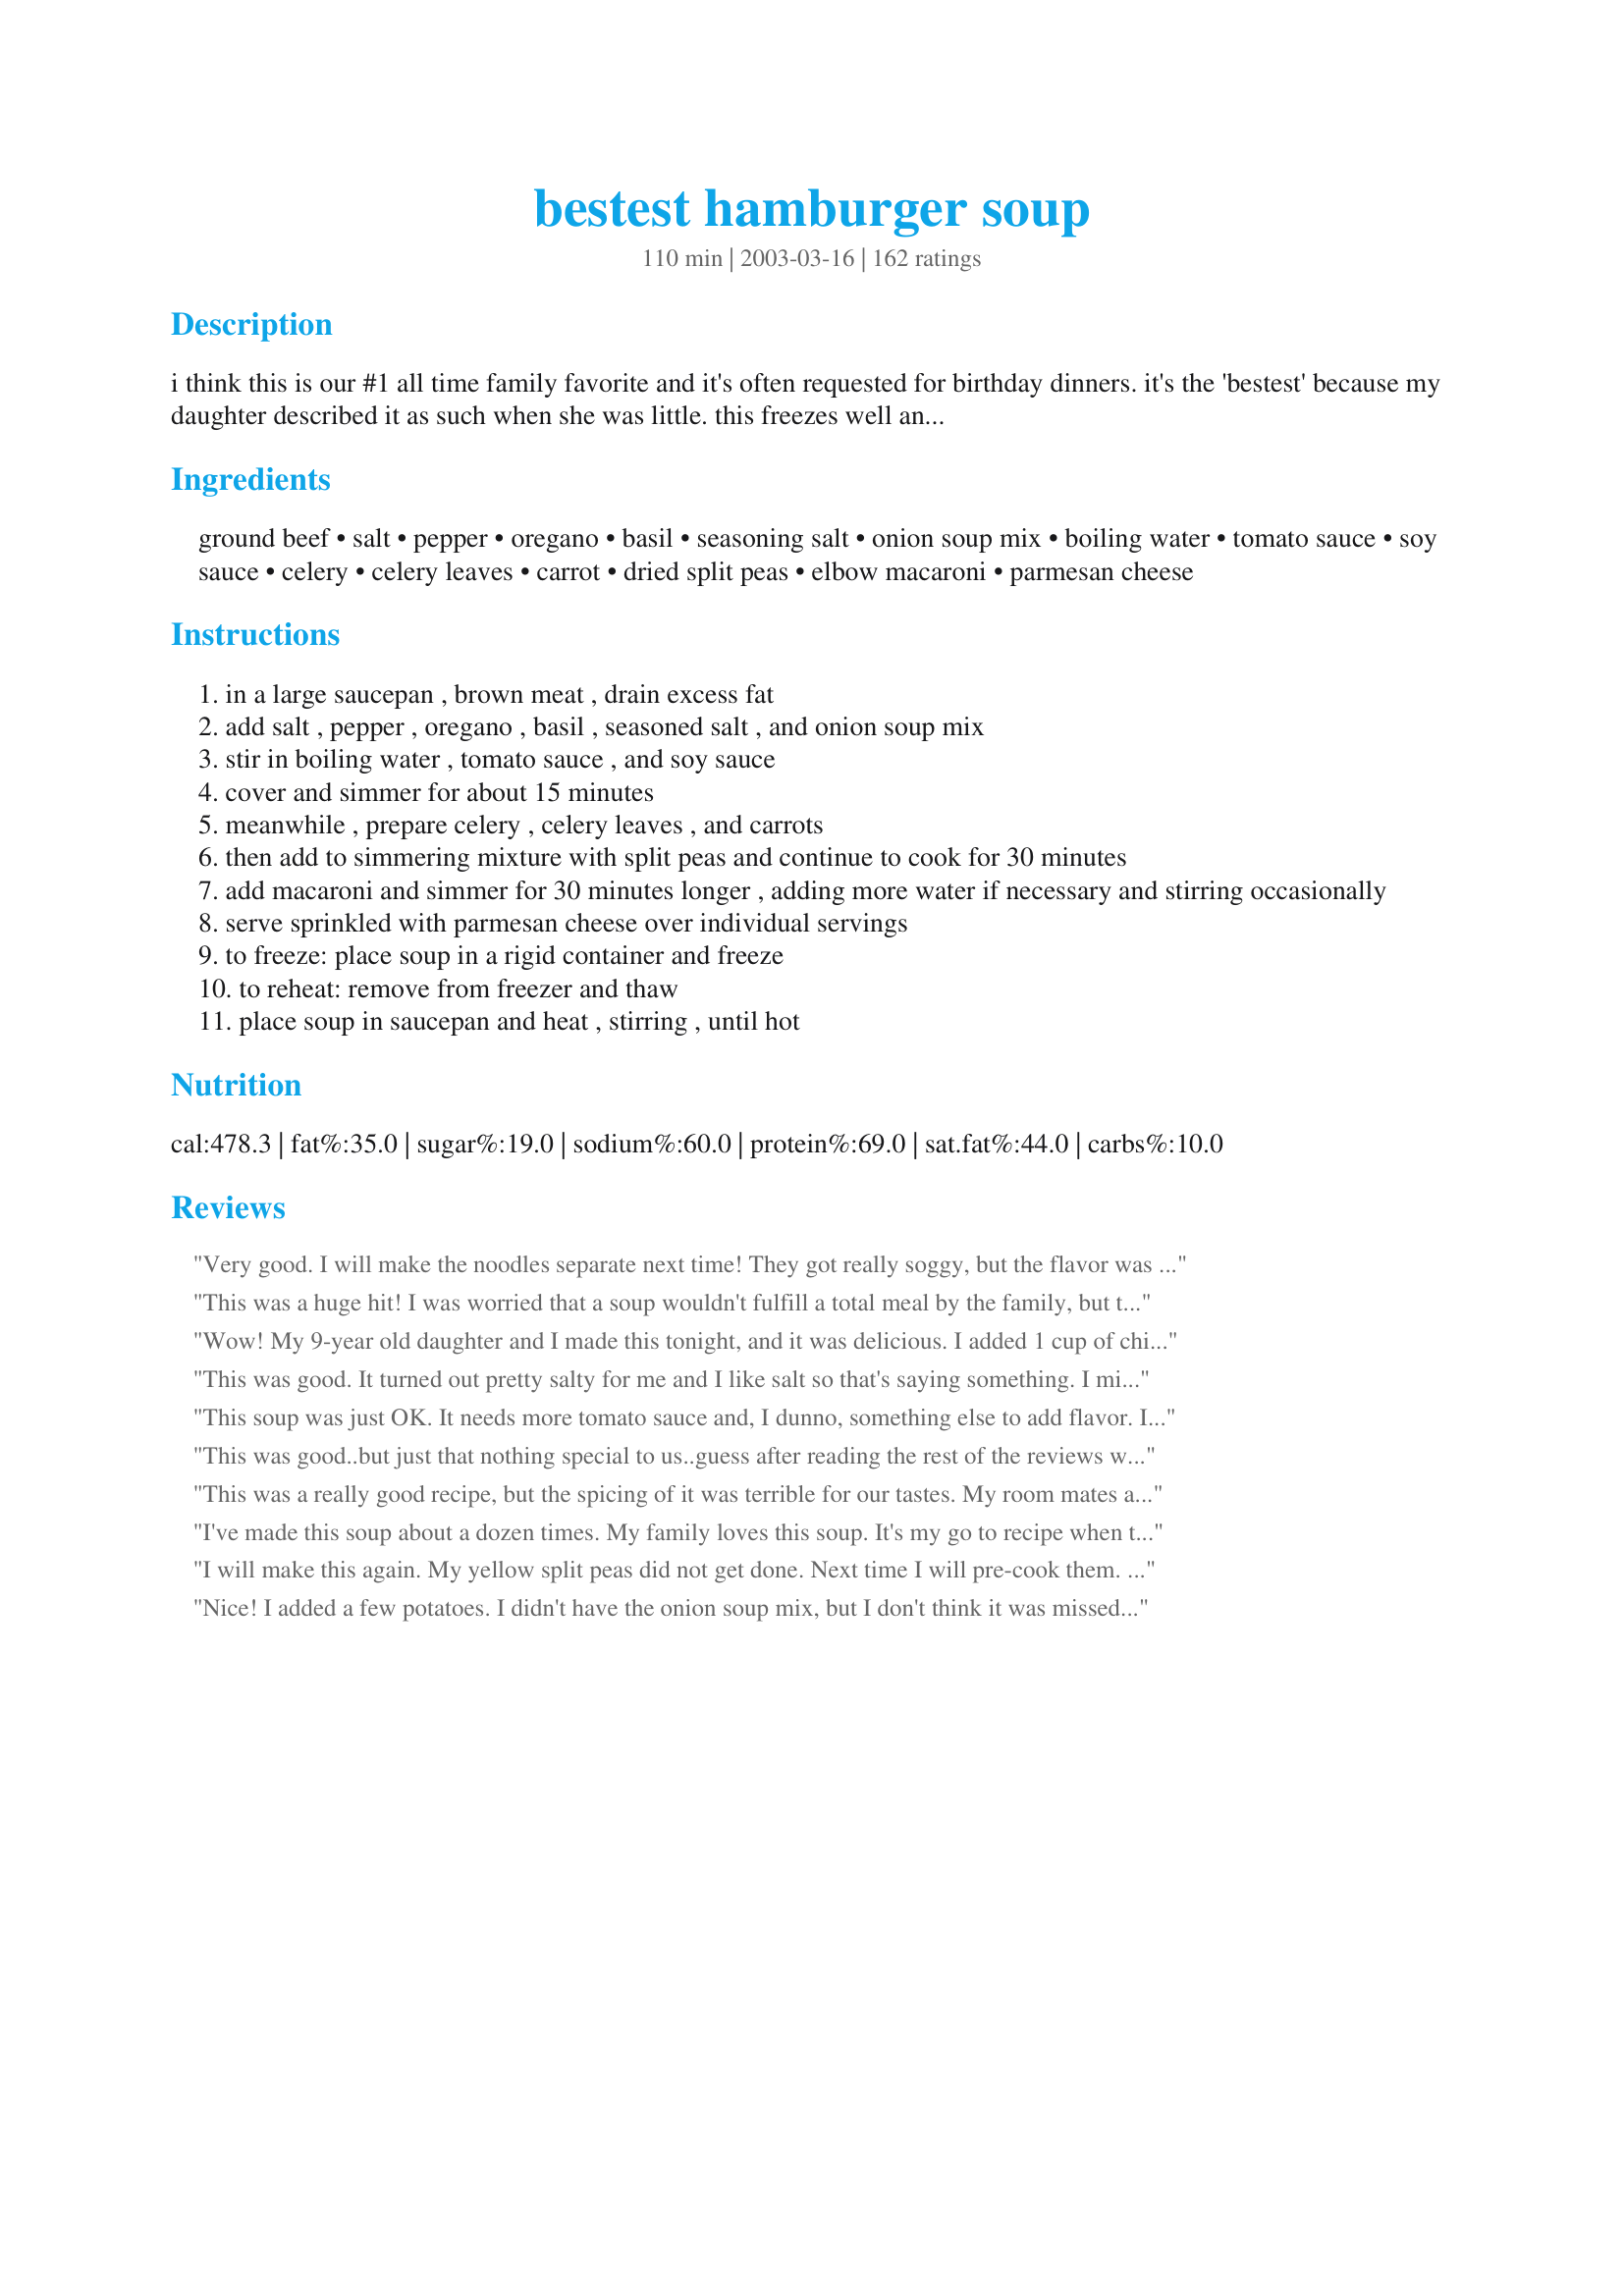
bestest hamburger soup
Preparation time: 110 minutes

i think this is our #1 all time family favorite and it's often requested for birthday dinners. it's the 'bestest' because my daughter described it as such when she was little. this freezes well and i've added directions for that and for reheating.

Ingredients:
ground beef, salt, pepper, oregano, basil, seasoning salt, onion soup mix, boiling water, tomato sauce, soy sauce, celery, celery leaves, carrot, dried split peas, elbow macaroni, parmesan cheese

Steps:
in a large saucepan , brown meat , drain excess fat
add salt , pepper , oregano , basil , seasoned salt , and onion soup mix
stir in boiling water , tomato sauce , and soy sauce
cover and simmer for about 15 minutes
meanwhile , prepare celery , celery leaves , and carrots
then add to simmering mixture with split peas and continue to cook for 30 minutes
add macaroni and simmer for 30 minutes longer , adding more water if necessary and stirring occasionally
serve sprinkled with parmesan cheese over individual servings
to freeze: place soup in a rigid container and freeze
to reheat: remove from freezer and thaw
place soup in saucepan and heat , stirring , until hot

Reviews:
Very good. I will make the noodles separate next time! They got really soggy, but the flavor was excellent. Everyone liked it, even picky kids...thanks!
This was a huge hit! I was worried that a soup wouldn't fulfill a total meal by the family, but this recipe was nearly gone at the end of the night, NO LEFTOVERS! I did make a few adjustments though. I added rotel to the soup for a little heat. It was not overly spicy because my 16 month old was able to eat perfectly fine. I also omitted the celery & leaves. But all in all, I enjoyed this soup fresh as well as reheated.
Wow! My 9-year old daughter and I made this tonight, and it was delicious. I added 1 cup of chicken stock, and a beef boullion cube, and a splash of balsamic vinegar. Definitely a keeper, and great to have on a chilly night. Thanks for the recipe!
This was good. It turned out pretty salty for me and I like salt so that's saying something. I might have just added too much. Other than that it was really good.
This soup was just OK. It needs more tomato sauce and, I dunno, something else to add flavor. I'll definitely try it again, though. The kids and husband really liked it.
This was good..but just that nothing special to us..guess after reading the rest of the reviews we expected something more..so dont just go by what we felt..try it yourself..Thanks
This was a really good recipe, but the spicing of it was terrible for our tastes. My room mates and my husband found it to be rather bland. I even doubled the spices. NOW that isn't to say it didn't have its positive points. It was very hearty, and I think I will use the leftovers in a shepherds pie sometime next week. I will make this again, but next time i will cut the water in half or maybe down to a third. I will substitute pasta sauce for the rest of the water, and I might even throw in a bouillon cube. Next time I will also add some ground red pepper, and pizza seasoning. The veggies were perfect in it, I don't think I'd change them, but maybe add a bell pepper to the mix. I want to give it more stars because it really is so incredibly versatile but the original really is so bland.
I've made this soup about a dozen times. My family loves this soup. It's my go to recipe when the kids are sick. My can of tomato soup is 14 oz. I also increase the seasonings and liquids because the kids love the juice. So I add 1 1/2 times the amount of seasonings and juices (except for the salt which I don't add). Instead of peas, I use quick cookig barley the last 20 minutes. I cook the pasta separately and then have the family add it to their soups. Thanks for the wonderful recipe.
I will make this again. My yellow split peas did not get done. Next time I will pre-cook them. I did freeze this without the pasta. After I thawed it I added the pasta. Heated it for about 20 mins. It turned out great.
Nice! I added a few potatoes. I didn't have the onion soup mix, but I don't think it was missed. I made the noodles and served them along with the soup, not in it.
Easy to fix and everyone at my house loved it.
ok and easy.
We all loved this soup recipe and have made it twice in 10 days! The flavor was just right and it was a fairly quick meal to put together. I thought I had everything to follow the recipe the first time, but halfway through I discovered that I only had lentils (worked out just fine) and egg pastina (teeny tiny little pasta stars, which also worked fine and cooked in only 5 minutes). I also omitted the seasoning salt. The second time I made this, I used ground turkey, which my kids liked even better! Thanks so much for posting this recipe, it'll be enjoyed often.
The kiddos loved it!
Very good basic soup and not expensive to make. I didn't use any salt or seasonoing salt, just the soup mix and a beef cube, and soy. Did just as directed. I would cook a bit longer for the split peas next time, but I really liked them in there. It looked a bit too dry at the end and not soupy enough so I added all of the broth I had from boiling chicken at the same time I was making the soup. Would certainly be good with ground chicken or turkey. Will make again for sure.
Your daughter is correct. This is the Bestest Hamburger Soup. I followed the ingredients and directions as written. Very easy and affordable to make. Thanks Jude
This was very good. A milder, comforting version of hamburger soup. We really enjoyed it, and of course as most soups go, it's even better the next day!
We all really enjoyed this Bestest Soup, well because its the Bestest! Thanks Hey Jude....
This was pretty good! I don't make soup very often,and my children didn't like it for that reason I think. My three year old didn't touch it, even though the entire time it was cooking he was telling me how good it was going to be. Kids, eh! Anyway, could have used a little more seasoning or something. Was really easy to do!

Thanks for sharing!
Seriously- YUM! Don't change a thing when making this.. (well ok, we used ground turkey instead of ground beef, Big Deal)
Stop wondering if you should make it and just DO IT.. You will not regret it.. :) PRINT- Click the PRINT BUTTON.. :P
Loved this. I'm doing WW Core, so used whole-wheat noodles (ones I had on hand were rotini) and ground turkey breast. I left out the parmesan cheese, as well. Other changes were 1 lb of meat instead of 2 and the addition of 2 tsps of minced garlic cause I'm a garlic addict. The idea of split peas adds a nice texture and I want to incorporate that in some of my other soups. This had a diverse and tasty blend of flavors with wonderful aroma. (My officemates are sniffing around as we speak....) Thank you for this soup!
I am giving this 3-stars because it tasted like a good ground beef/vegetable soup. However, I did not find it to be something I would make again.
My family loves this one too. We make it with venison burger and it's awesome. If I think we'll have leftovers, I hold some back without the pasta and add fresh pasta when I reheat it.
Great, easy to make soup. I made a half recipe and used beef boulloin in place of some of the water. Subbed some crushed tomatoes for the tomato sauce; added onion and garlic. Tasted great!
This turned out pretty good. Mine turned out not very soupy but it was still delicious. I halved the recipe and ended up adding about a half cup of water when I added the pasta, and in the future I'd probably add more... at least another cup. 
Thanks!
The recipe is great. My alterrations were: 2 packets of onion soup mix instead of one (which did not make it too salty, as I did not add any seasoning salt or salt into the recipe elsewhere, and my soy sauce is low sodium). Doing this enhanced the flavor and thickness of the soup to make it yummy. I omitted the split peas, used a whole wheat pasta, and fresh garlic and onion and pre-sliced mushrooms and it was great!
Really good soup. My DH and I both loved it
fast and easy soup. I did cook mine too long though but still was good...
i made this for dinner tonight, everyone liked it, thanks Hey Jude for an easy, great tasting soup.
This is a very nice soup and is simple to prepare. For us, it was too salty even having omitted the 1/2 tsp salt and using low sodium soy sauce. I will reduce the onion soup mix to 3/4 package next time and see if that helps. To dilute the saltiness I added more water and about 4 oz more tomato sauce. I also had some leftover corn and peas so tossed them in a few minutes prior to serving. We really did enjoy this with some cheese garlic bread on the side, so thanks for sharing your recipe.
We all liked this. Didn&#039;t have peas so I put in a can of green beans and little pastas. No other added salt exept the lipton soup and soy sauce. Good for a cold evening. Well as cold as it can get in San Diego.
My family LOVED this! I used lentils instead of split peas, and pastini instead of the elbow macaroni (these are what I had on hand). I froze the leftovers, and made shepherd's pie with it 2 weeks later. A real crowd pleaser, I will absolutely make again.
This is awesome soup! I couldnt get split peas so I used fresh green beans and I added a few more noodles. We loved it!!!!!!
Your daughter is right, it is the "Bestest"! I had it for supper last night. I know, a winter or fall type soup in early Sept? 
I love soup, no matter what the season. 
This is a very tasty soup and definitely a keeper in my soup repertoire.
Anybody out there who likes soup will really like this one, and it was so easy to put together.
Have frozen most of the remainder, but don't think I'll leave it frozen for long!
A different beef soup recipe. This is the first recipe I tried with onion soup mix and soy sauce. I did not put celery, but cubed some new potatoes and put that in, also added celery salt for flavor. I added corn in place of peas as peas do not belong in soups, they add an unpleasant texture. I added corn and it was perfect. Also because of the tomato sauce, a few spoons of sugar were added. Very yummy soup.
LOVED IT! I made it last night or dinner and everyone loved it..I was surprised how hearty it was. I didnt add the split peas and used frozen peas,corn and carrots that i had on hand and also added a small can of corn. I thought the dish would be too bland or salty but it turned out so yummy, oh and i used a can of whole Roma tomatoes instead of tomato sauce and a chili flakes for some spice and served it with fresh crusty bread
very good recipe for a crowd when doubled. It fed 4 couples last night. Made it almost according to directions; used bell pepper instead of celery because I had it on hand. Everyone loved it. Cozy comfort food on a cold night.
Very good filling and easy to prepare.At the end I boiled 2 more cups of water and added 2 beef boulion cubes.Next time I might add 2 cans beef broth and some water for a beefier flavor.The family enjoyed the soup.Thanks.
I love this soup. It&#039;s easy and full of flavor. I did add a bit more tomato sauce and a couple of beef bullion cubes. Will definitely be making this over and over again.
Amazing flavor! Loved this soup. It reminds me of the Soup Starter my mom used to make.
This was great & my whole family enjoyed it! I also substituted frozen peas for the split peas, but think the split peas would be good also! I added more water part way through & compensated for the dilution by adding garlic salt, onion powder & a little italian seasoning. A healthy helping of parmesan sprinkled on top is especially more delicious!! :) I cooked the ground beef the night before, which made throwing it together today even easier! I also kept a close eye on it and was able to shorten some of the cook times. It was so tasty I didn't wait for supper, but had a bowl at 3:30!! Thanks!
Was good, however not very exciting. The kids enjoyed it, however it was lacking a grown up taste.
Should be called 'Kitchen Cupboard Stone Soup' ! Had the burger & onion soup, that's where things went wrong. Darn! Couple of carrots short, oh well, stretch em out with a diced potato. No tomato sauce, OK, here,s a can of tomato soup. No soy sauce, but I did have some teriayki. No split peas had to choose between lentils or pearl barley, barley worked fine. Now what? Oh well, Ditalini in place of the elbows. After all this, it's still a 5 star recipe! And I'm a poster child for Mise en place ;>)
Very good, very tasty and easy too. I followed this recipie except I was out of basil. I substutied curry because I love it so much. I also added 3 small tomatoes because I had them on hand, and 1/2 cup ketchup rather than the tomatoe sauce. I added some left over corn and peas that I had in the fridge. The whole family liked this soup! Thanks for the repcipe, it's a keeper!
This is a very good soup! Easy to make but so tasty. Thanks Hey Jude
Excellent soup! I add my pasta at the end of the cooking cycle. I turn off my stove and let the pasta cook in the liquids. This way, the pasta does not get mushy!!! An all time favorite!!!
Very good soup! I went to make it and realised I did not have tomato sauce so I subbed a can of diced tomatoes and a can of V8 juice, also did not have the split peas so at the end added a can of green beans. I will make this again for sure. It was good fresh I can only imagine how good it will be after it sat in the fridge all night.
Very nice meal all in one, served it with cornbread. I followed the recipe exactly. The reason why I am rating it 4 stars is because the split peas were under cooked, and the macaroni was over cooked. The overall flavor was delicious, will definitely make again, but will leave out the split peas next time.
this was very good soup :) I used only 1/2 lb of hamburger as that's my personal preference, and did not have any celery or peas, so used corn instead, which worked really good. It was a good combination of flavors that melded very well together and made with less hamburger as i did, and high fiber pasta, it was fairly healthy also :)
I had so much hope for this recipe due to the reviews. But it fell flat for me. Our family found it to be bland and "uninteresting" I dont like giving bad reviews but we will not be having this again. It was an odd dish and I cannot imagine requesting it for a birthday. However, it was a slight step above hamburger helper. I would describe it as bland.
My family loved this simple yet hardy.
This was wonderful and full of flavor! I changed things just a little bit... I did not use soy sauce, instead Worchestershire sauce. I didn't have celery leaves, so I left those out and I added some minced garlic. I doubled up on the spices so that if I needed to add water (which I did) it wouldn't be watered down. Great recipe, thanks!
Loved it. Very tasty. Next time I would add some crushed pepper seeds to kick it up a notch.
This was delicious. It was easy to prepare and so good. A definite keeper!
This is pretty yummy. We're torn between a 4 & a 5 in our family, but we do really like this meal. And it freezes well, as long as you remember not to over cook things.

I do have one tip - if your split peas turn out too firm, cook them slightly before putting them into the soup. I did that the 2nd time I made this recipe and they turned out perfect.
I made this for dinner last night. I also used 2 packets of onion soup. Discovered I didn't have tomato sauce, so used tomato soup as suggested by another reviewer. Instead of split peas and pasta, I used about a half cup each of barley and wild rice. I rinsed the beef under hot water after browning to remove more fat. Next time I will use ground turkey to make it lighter. This was by far the best hamburger soup I have ever tasted, actually the only one I have ever even liked. Can't wait till lunch!
This was good! None of the kids complained (yippee!) - I wish it was a bit more flavorful, but the kids probably wouldn't have eaten it... :) Thanks!
This has a good flavor but be sure to add more water or you will get a cassarole like I did!!!
I made just as described. This is hamburger soup like my mom made. My 13 and 8 y/o girls loved it. I may tweek but is perfect as written!
Used 1/2 meat, omitted peas, added one green pepper and one jalepeno. No cheese needed.
This soup really is the "bestest". I pretty much stuck to the recipe except for the celery (we didn't have any, so I used celery salt and omitted the 1/2 t of salt) I also used V-8 instead of tomato sauce. My family loved it!
Great tasting soup. We loved the flavor. I followed the recipe with no changes. The addition of the split peas was great. This recipe will be in my favorites folder. Thanks for this wonderful recipe.
good stuff! this is my kinda food! my hubby isn't a fan of soup, and after reading all the reviews i was hoping he'd like this, but no go lol.. soup is soup.. i will definitely be making this again! my only changes were i didn't have any seasoning salt and i halved the salt (the soy and onion soup scared me so i waited to taste, but it was perfect without) and i cooked the pasta on its own and threw it in near the end.. perfect! thanks!
Rave reviews from my family. My sister in law isn't too crazy about ground beef but she gave it more praise than anyone else. Thanks for a simple recipe that I can make over and over again.
Everyone in my family enjoyed this. Even my husband who doesn't usually like soups.
This recipe would be wonderful if it were not for the sodium level in this soup. I cannot use this recipe-TOO MUCH SODIUM!
Thanks!
This is an all time family favorite. My Grandpa used to make this exact recipe from an old cookbook. I usually add a little more water to the recipe.
This was truly the "bestest!" It fed 5, and I had the most! For the noodles, I used rotini for I didn't have elbow macaroni. I also didn't have any dried split peas, but used some frozen peas instead. (next time I'll have to get the split peas for it!) To save a little time, I partially cooked the noodles separately in a light beef broth. It worked great! Overall, this was an excellent meal, very flavorul. I will make this again! Thanks for sharing!
Bravo! Wonderful soup. The only changes I made was to top it up with a bit of beef broth in the end rather than water. Other than that, I prepared it exactly as indicated. My family loves it and I will DEFINITELY be making this again and again and again....
Great on a cold, cold night. Followed the recipe with 2 exceptions - added 1/8 tsp garlic powder and when I added macaroni also added 3 cups hot water with two dissolved chk bouillion cube.
Loved this. I used beef broth instead of water and it really had a great flavor. Since the pasta absorbs liquid, I did add water on the next day. Thanks for posting.
We really liked this soup. Made as posted, except we didn't put in the split peas and it came out great! Thanks you!
Thanks Jude for posting this recipe. I've cooked it twice already. A sure keeper. I did add a teaspoon of garlic powder, 1/4 cup uncooked white rice, and 1/2 teaspoon celery-salt. And left out carrots, celery, and salt.
Ok, how is this so good?? I'm reading all the recipes thinking, it's probably pretty good, but I was NOT expecting how delicious it was!

I cut up some frozen thawed green beans in place of the peas, omitted the celery, and used garlic powder instead of seasoning salt. I added a dash of hot sauce. I too added water at the end.

VERY AWESOME.
This soup has potential but I found the broth rather bland so I doubled the dried spices, added garlic powder and some parmesan rinds, 1 C cabbage, 1 small zucchini. I used canned Northern white beans and boiled the pasta separately, as I always do. The flavors cam together nicely after my tweaks. Because I added several additional ingredients to the soup, I don&#039;t feel it is fair to rate as written. Thanks for posting.
Great soup! I made it just as the recipe instructed and it was delicious. I will definitely be making this again. Thanks for sharing.
This is definitely a very thick soup. I found for me it needed a bit extra salt and for me it seemed to be missing something else, but not sure what. I followed the recipe exactly except for the tomato sauce, I had opened up a 15 oz can and used it all up. I also cooked the pasta separately and then added it to the soup. I had a bowl for dinner and froze the rest. But when I reheat them I will have to either add water or tomato juice because it is way too thick . I liked the flavor of the split peas in the soup. I would make this again but I would adjust the seasonings for my own tastes. Thanks for sharing your recipe Hey Jude
I used the basic recipe here ..and added a few ideas of my own. Instead of the macaroni I added 1/2 cup of barley...will add 3/4 cup next time...used tomato soup instead of sauce (didn't have any sauce) and it worked out fine...adjusted the seasonings a bit to taste. I would definitely make this again...it was a very nice meal for a cold snowy day!
If I owned a restaurant, this would be my soup-of-the-day EVERY day! No kidding -- WONDERFUL, BEST-EVER soup! I was a little concerned at first that it would be slightly light on herbs/spices/salts but, no, it is perfectly seasoned as listed (I like moderate salt, my wife likes very light and we were both happy with the seasoning) -- I stayed exactly with the recipe, measuring amounts precisely, except that I had no dried split peas so I used dry LENTILS instead. Perfect. The cooking time on the lentils was just right. I don't know what more to say except that I feel strongly that this is one of those rare recipes which could not possibly be improved. As suggested, I did add a couple of extra cups of water near the end of cooking time and it did not dilute the flavor in the slightest. You could add chicken stock instead but I think it would be remiss to mess with this recipe. It already has BIG flavor and does NOT need the stock, an ingredient which I use quite often in soups, along with bouillon, to boost flavor. My wife (my biggest food critic) gave it a big two thumbs up and said, "Make it again," which is the very pinnacle of her food rating system. For the ground beef, I would definitely recommend using good ground chuck instead of ground round because you drain the fat off anyway and the ground chuck yields much more flavor. Beyond that, all I can say is you're a darling, Hey Jude, and thank you SO much for posting this MAGNIFICENT recipe. I'll be making this at least twice monthly in the future. pat, the old bone man.
Excellent! Doubled the water. Added can of corn, can of peas, can of green beans,(drained first) and 3 cups of dried potatoes. And a heaping Tb of minced garlic and lots of minced onions. Instead of tomato sauce, I used 2 cans of cream of mushroom soup. No dried peas.
I know this is a huge change from the original, but once I started, I kept saying "its missing something." Next day, it thickened up to a nice stoup.
What can I say but delicious....I made have the recipe and this is what I did. I added some red pepper flakes for a little zing, minced a large clove of garlic to brown with the meat, added chopped onion, 2 small potatoes cubed, fresh corn cut off the cob, the celery and celery leaves and carrots, about a half a can of white beans, and some barley. I used all the seasonings it called for and for the tomatoe sauce I used a can of V-8 juice. I also had to add more liquid but I did put extra stuff in the pot. DH and DH's dad loved the dish. There is still some left so I am going to add more liquid and have it for lunch tomorrow. Thank you for a DELICIOUS and adaptable recipe!
Easy to make and very hearty. It was a little bland for our spicy tastes so next time I'll try to spice it up a bit. There will definitely be a next time though.
Very yummy soup! I will admit I went to add the basil to the soup and realized I didn't have any, oh well. I did add an extra 2 cups of water towards the end and 2 beef boullion cubes. Jude Thank you! And it was simple to make!!!
Outstanding soup that I'd make again! Hubby even said it should have more than 5 stars :-) I left out the salt & seasoning salt as I didn't think it was needed, used a jar of pasta sauce for the tomato sauce, added fresh onion & garlic because we like them, but everything else I followed. Delicious flavours, simple to pull together & I loved the addition of the split peas. I didn't add extra water as I liked the consistency, but found that the leftovers are much thicker because the pasta has absorbed all the liquid. Next time I may add noodles separately, but no real problems here :-) Thank you for sharing your wonderful family recipe.
Only used 1 lb beef, but that was plenty. Put it in a crockpot and took it skiing with us. Finished every bite!
Very good soup. I have made this twice, and each time it is gobbled up. Thank you for sharing this recipe.
This recipe has very good flavor. I add garlic and frozen mixed vegetables instead of the split peas and sliced carrots. I've made a couple times and it's always been great.
An excellent soup with a lot of possibilities for substitutions to your own tastes. I used 4 c. beef broth and 2 c. water instead of all water, and subbed barley for the split peas as my DH won't eat split peas. I had to add more water - almost 1 1/2 c. to get to the consistency we like. Very, very good. Next time I'll decrease the hamburger (there was PLENTY of that), and increase the broth and barley a bit.
Loveit! I didn't have dried, split peas so I added frozen peas in the last 15 min and it didn't hurt a bit. I will make this again and again. It's "The bestest" The kid was right!
After trying Recipe #60811 Plaza III Steak Soup. I was excited to try this one. Hoping it would be just as good and flavorful. I have three children and three adults to feed & this soup just didn't make the cut. Sorry but it's just too bland.
Love this one! I use only 1 lb meat and a can of corn instead of peas. Also, I substitute worcestershire for the soy and use celery salt for the salt because I do not usually have celery leaves. This is a wonderful recipe that my whole house loves! Thanks for sharing!
This is great! I made it for my MIL since she is recovering from a cold, and it sounded tasty and wholesome. I will make it again...the next time, for myself! Thanks for sharing the recipe. :-)
I followed the recipe; Ididn't add the peas but added a large tin of stewed tomatoes and increased the seasonings slightly. This is my first time making this recipe but will make it again for sure!! Super Yummy !!! thank you.
Precooked the ground beef and cooked the soup while camping. The change I made was using frozen sliced carrots to save time. Yum! DH & DS gobbled it up... DH asked if it was a recipe or something I threw together (thrown together means one time only because I can seldom duplicate it). He also used cheddar/jack cheese, and I used spaghetti sauce as suggested. Will make again and again.
Made it just like the recepie said. Very good! Will modify next time.
I love it when a recipe delivers beyond expectations and this one certainly does just that! I have made this twice now, first following the recipe exactly and everyone devoured it and thought it was very good. I made it again last night and added a can of tomato soup, subbed beef broth for 1/2 of the water and added a drained can of green beans, a cup or so of frozen corn and worcestshire sauce instead of soy sauce, and mini penne instead of macaroni and it was even better. My family tends to not be soup lovers, but add some homemade french bread to this soup and there was not a drop left. My husband is very picky and tends to frown when he finds out we are having any kind of soup or stew for dinner, well... he ate three bowls! Fantastic recipe and one that I know will become a staple in our house. Thanks!
Fantastic!!! I'm a vegetarian who loves to modify recipes to my diet so here's what I did... I used 1 1/2 packages of Morningstar vegetarian beef crumbles and sauteed it along with all of the vegetables and seasonings in olive oil... To avoid pre-packaged onion soup mix, I made my own mix using 1/3 c. dried minced onion, 1 1/2 tsp. onion powder, and an 1/8 tsp. celery seeds... Nothing to the exact, I measure everything in my hand... And instead of adding 6 c. H2O, I added 8 c. vegetable broth and next time I might add even more... Oh!!! And in my opinion, you CANNOT make soup without onion and garlic, so I added 1 whole dice onion and 4 cloves garlic... And, yeas cook the macaroni separately... Thanks for an awesome recipe!!!
The only thing I did different was I used Ragu in place of the tomato sauce. This soup is so good. If you like soup you should try this!
Really great soup!!! I didn't have any celery so I left that out. Hubby and I froze what was left so we can enjoy it again. Thanks for sharing.
Let me add my five stars! Easy, tasty "comfort soup"! I had to cook it a little longer than specified because of the high altitude here, but other than that, I followed the directions exactly.
Wow this was so yummy! Used everything but the split peas because I didn't have them on hand. I also added some beef bouillon granules and extra water towards the end and it really kicked up the flavor! I also used seashells instead of elbows :) Everyone loved it, especially hubby. Thanks!
Excellent flavor!
This was really good. Followed the recipe exactly. I had to add more liquid due to the fact I put to much pasta, but still great. Thanks for posting.
I've made this a few times with a bit of my own twist. I did only use 1 lb of ground beef because 2 just seemed excessive. I don't use celery because I rarely have it. I use 15 oz of tomato sauce and 4 cups of water and eyeball all the seasonings which probably get at least doubled. I also add a bit of dried red pepper flakes for a bit of heat. I use 2 carrots and add 2 cubed potatoes and add garlic and some chopped onion. I omit dried split peas and instead use about a cup each of frozen peas, frozen corn, frozen blackeyed peas or whatever I have in the freezer. I use rice instead of elbow pasta and cook it separately and just add to the bottom of the bowl. Everytime we have it DH and DS eat it up! I usually serve with corn bread or warm rolls. Thanks for a great base recipe Hey Jude!
My family loved this soup! Even Hubby who doesn't like soup at all. It was easy to make,seasoned just right and had just the right amount of noodles in it. Its also even better the next day.
No one in my family liked it. I'm not sure why because they all love soup. The flavor was nice but just nothing great. I'll take the rest to work tomorrow and add some liquid since it was so thick. I served it with #51550 Real Southern Cornbread which was devoured. I was hoping my family would like it as much as the other reviewers.
Really good - my sons (ages 11/5) loved it (suprisingly!!!). I added a 1/2 packet of taco seasoning. That added a nice mexican flavor to it. I used about 1 1/2 cups of frozen peas/carrots when I added the elbow noodles.
I try not to change a recipe and then rate it but this soup was so good. My fam loves tomatoes so I added a can of tomatoes seasoned with onion and garlic. Instead of macaroni, I added cheese filled tortellini. I had to promise to make this at least once a week. It was that good.
Great soup! Nice flavor, not too spicy, so the kids loved it, but enough "flavor" that the adults liked it too! Thanks for sharing!
We liked this with frozen peas rather than split peas.
For me, I think it needed more something. Kinda bland. But my kids LOVED it. Both ate two bowlfuls!

I'll be making it again, and try upping the spices maybe? I'll be packing it in a thermos for my oldests lunch as well
as i sit and rate i eat the 3 bowl in one sitting .the things that i did different had no tomato sauce so i used 1/2 of a jar of spaghetti sauce and no peas other than that excellent 5 or more stars
I made this last night for dinner and everyone loved it. The only thing I didn't add was the split peas, as I didn't have any on hand. My son had a friend over for dinner and he loved it too. Thanks, Jude!
I made this recipe the first time three weeks before my daughter's 9th birthday. When I asked her what she wanted for her birthday dinner she requested this soup. We all love it. The only change is I used beef stock and boiling water to taste. Thanks so much for a new family favorite.
This was super easy to make and soooooo so so good! We both loved it. After refrigerating it, it was a soup base... and goes a long way when adding water to warm up for lunch, etc. Thanks!!!
Delicious! I made this in the crockpot, and since none of our family likes split peas, I substituted navy beans, and left out the celery leaves and forgot the parm, but still it was GREAT. My anti-soup husband even gave his blessing, stating "You could make this again." (That's a huge compliment, believe me!) We'll probably have this once a month or so; thanks for a "Super Bowl" recipe!
I made this for an OAMC cooking session, omitting the carrots and peas since the men in my family won't eat them. (I added lentils instead, which for some reason they'll eat.) The family ate it up, so next time I'll be making a double batch. Thanks, Hey Jude!
We liked this pretty well. I didnt have the onion soup mix packet so I used recipe #186221. I cut the recipe in half. It was perfect for 3 of us and leftovers for lunch tomorrow. For some reason though we found it too salty. I will make it again and omit the salt and only add it if needed.
The only thing I did not like is the noodles the next day- too soggy. Better to leave them out and only add them when serving or reheating. Boyfriend loved this soup.
Boyfriend and I love this recipe. We add hot sauce and mozza cheese on the top to add a bit of zing. I use corn elbow macaroni as I cannot eat wheat. This makes LOADS of leftovers for us, and tastes great.
I am always looking for new ways to cook boring ground beef so my boys will eat it. First the sloppy joes and now this soup - I will be making this from now on .Didn't ( and wouldn't) change a thing.
I made this for lunch. I had cooked beef in the freezer, so it went together quickly. I did my noodles separately, and added everything else in my pressure cooker for 12 minutes. I really liked the creaminess the split peas added! I'm sure my family will enjoy it. They'd be crazy if they didn't!

Roxygirl in Colo.
Loved it! Just a couple of changes due to personal preferences....left out the celery but did use the chopped celery leaves (I dont care for the texture of cooked celery). I did add frozen corn, well, just because we like it..lol. We really enjoyed this on a snowy night in front of the fireplace with homemade cornbread. We'll make this one again!
Great soup! I did modify this a little instead of the peas I used a can of corn, did not have celery leaves and basil. I also added teaspoon of garlic, teaspoon of Worcestershire, can of rotel, and when I added the noodles I added two cups of water. My five year old loved this soup as did the rest of the family. This soup will be a addition to our meals on these cold days. The best is for last which is the soup itself. I am excited to try this with venison. Great soup Jude! I had three bowls of this and can't wait to have it again during the football game! Hey guys it's great with a bottle of beer too! Best soup I've had!!!
We found this soup tasty but lacking a bit. I added some tobasco sauce for a little kick. Served with a little bread for dipping, it wasn't bad at all.
We enjoyed this soup very much. It is a nice hearty soup, good for a winter's evening or weekend lunch. I used 2 cans of canned beef broth with 3 cups of the water to make more broth for the soup. The split peas made a lovely addition and added a nice flavor. Thanks, Hey Jude, for sharing this recipe!
Very good recipe! Except for a few minor changes, I followed the recipe exactly. I added a dash of red pepper flakes, about a 1/2 tsp of Worcestershire sauce, and juice from a can of green chilies. Will definitely make again!
Great versatile recipe and tasty too. I was lacking in celery leaves, so I used celery seeds and celery too. I also used some extra broccoli. I added some garlic and browned it with the ground beef. My whole family enjoyed this, which is so nice! Thanks!
I am just getting around to rating this recipe. It is a wonderful tasty soup. I add a can of diced tomatoes and some frozen mixed vegetables to mine. I use the small shells for my pasta. I bring a batch to my Mum when ever I make it. She raves about it. I do not add the yellow split peas, mainly because I never have them in the cupboard. Thanks for this great recipe.
Tasty. My macaroni was a tad overcooked.
Made as written with the exception of subbing in celery salt for seasoning salt as I didn't have any on hand. Will make again, but next time will use a smaller pasta as the elbows got pretty big by the end. The flavour was great and it smelled good cooking too! Fed two adults and three children plus two adult lunches for the next day (served with fresh bread).
I pretty much followed the recipe, but used a little less ground beef and a little more tomato sauce (what I had). I also used frozen peas (instead of the split peas) and added a can of corn. On tasting, I felt the soup was a little bland, so I ended up using triple the spices and added 1 1/2 Tbs of worchestershire sauce. I also added about 1 1/2 Tbs of chicken soup base and 1/2 Tbs of sugar. Unlike a lot of reviewers, I did not find the soup overly salty and even added another 1/2 tsp of salt. When cooking, I sauteed the celery and carrots with some garlic while I was browning the ground beef, mixed the seasonings with the sauteed veggies and the beef, before mixing everything together and simmering for 30 minutes. I added the peas and corn with the pasta and simmered for another 15 minutes before turning off the heat and letting the soup sit for another 15 minutes. To finish with my changes, I did not add any parmesan at the end (my kids don't like it). The result was frankly something that we all liked, but didn't love. I am sorry that it wasn't more to our taste!
This is a great hearty soup recipe. I made some substitutions based on the ingredients I had on hand. I had no onion soup mix so I used a packet for a Beef Vegetable soup I had on hand. I had no split peas instead I added Hominy. I used whole wheat elbows which I had already cooked and added them when the soup was done. I will definitely make this again with the onion soup and peas and see how that is. Thanks for a great recipe.
Really great soup!
This was wonderful soup. I made it for a soup potluck at work and they all loved it. The only thing I didn't do was to add pasta..I added potato instead. Very good soup and it was even better the next day after the flavors had married. Thanks Hey Jude, I will definately make this again.
SOOOOOOO GOOOOOOD
I made this using half hamburger and half mild italian sausage and also substituted corn for the peas due to family prefrences. Every one in the family looked at it and were very skeptical. My two daughters who won't touch a vegetable gobbled it all up and my husband who said he didn't hold out much hope for it asked if he couple have the leftovers tomorrow for lunch. Easy and delicious!
This was pretty good. Not 5 star because I found it too salty, and I even excluded the added salts. I would make this again but try to make it less salty.
Wow! I had to sign up just to give a review of this.. This was my first time making my own soup that wasn't Turkey! So easy, i made a huge 64crt pot of it, which is probably enough to feed 25 people. I used 10 carrots, 2 packs of onion soup mix, two 650ml cans of tomato sauce, one bag of frozen peas, one bag of frozen corn, and a box of noodles. i added the spices except the seasoning salt and just used my best judgement, and i am not disappointed!!!
This is a great recipe. Made just as listed the first time, then the second time I added some velveeta cheese towards the end. Either way it was delicious of course my kids prefer the cheese in it :P i didn't have elbow macaroni so i used penne the first time and swirls the second. very budget friendly too so this is definitely a keeper for us. thnx for sharing.
This was good. Thanks for the recipe. I'll make it again!
Very delicious. My kids don't like soup but they each had 3 bowls of this one. I only used 1 lb of ground beef but found that to be plenty of beef. Also, I used a 10 oz can of tomato soup instead of the tomato sauce. My whole family loved it and we'll make it again.
What a great hearty soup! It was easy to make and pleased my husband. I did add a 15 oz can of tomato sauce and a can of water when I put the macaroni in. This will be in our soup rotation. Thanks for a great recipe!
Ok, first off I combined two recipes and put in this recipe what it was lacking from the other that I used. Here are my vairations....I found that I added more salt than specified here....I added one cup of shredded cabbage, one cup of cubed potatoes and 1/3 cup of rice, 2 small bay leaf, one can diced tomatoes and one tsp of thyme...I also doubled most everything used for the broth because I found it didnt have enough to compensate for the addition of other ingredients....I also added a sausage called Linguica (dont cook , just slice and drop into pot while cooking) or chourico would do well...It gave it a real nice flavor...I did add a bit of red pepper flakes....It turned out so good and I had nothing left....I did use two envelopes of the onion soup mix and used two cloves of garlic and cook it with my ground beef....Thanks for a great recipe...Sharon
Very good, went well with allison williams easy beer bread #75878, I did do a few things differently...I added a handful of rice and bow tie noodles, a can of tomato soup and 1/2 can of water...I used some meatballs I had in the freezer in place of the hamburger. Will be sure to make this again THANKS!
This was great! **I substituted spaghetti sauce for the tomato sauce. **I substituted 2 onion soup mixes for the salt and seasoning salt. **I added ONION and GARLIC to my hamburger and cooked till the onion was transparent. **I used a heartier noodle other then macaroni. I used a heavy spiral noodle. It held its consistency better and â€˜looked prettierâ€™ in the soup.
Tried and true. Easy recipe that tastes like I slaved all day on it.
The boys in the house thought it was &quot;fine&quot; but my 7 year old daughter and I really liked this. I discovered too late that I only had one pound of cooked ground beef in the freezer, so I only had half of the meat. So I put in an extra 1/3 cup of noodles. I also put in about 2 cups of celery and 1.5 cups of carrots. Therefore it probably was thicker than intended. But I liked that about it :). Used frozen peas instead of split peas. I almost tossed corn in there but refrained.
Incredibly delicious, but I had to add water twice, as it kept evaporating. I halved the recipe as it was only DH and I. I skipped the seasoning salt, using extra celery seeds in the copycat Lipton's onion soup mix recipe 24952 instead. I also skipped the peas, and I do say I missed the colour. In serving, instead of parmesan cheese, I toasted breadcrumbs with garlic on a browning plate in the microwave (try recipe 291042), and it gave a fantastic crumbly texture to the final thing. I was full after eating a quarter serving; DH ate every bit of the rest of it. Nothing leftover at all.
I thought this soup was pretty good, but my family wasn't real excited. I'll probably leave the split peas out of it next time, since dh really doesn't like them. The flavor overall was excellent and I didn't change a thing!
FANtastic! This was very easy; very flexible and best of all--really, really delicious! When my 2 very picky eaters say, "Mom, this is GREAT," I know I've stumbled onto a real keeper. We will keep this in our family favorites book. Thanks!
Your daugther aptly named this recipe. My kids and husband loved--me too. Only sub I made was to use frozen peas because I didn't have any dried split peas which worked out fine. The broth had a wonderful flavor. Husband and I took the left overs for lunch the next day. Thanks--you've got a winner.
A pleasing soup for these chilly fall nights. I think next time I'll add more of the split peas - they just didn't pop out like I would have liked. Thanks for posting.
MMM, MMM Good! This soup is so comforting and easy. Freezes great. One thing I will do next time is make a little more broth because, it is so good. Soups even better the next day. Thanks so much for this keeper! Lori
I made this soup as specified, except I left out the added salt, since many of the ingredients are already salty. (Onion soup mix, soy sauce.) It was still VERY salty. I also took other people&#039;s advice and cooked the pasta on the side to add to each portion as needed and avoid sogginess. I used some of the pasta water to add to the soup to make it less salty.&lt;br/&gt;&lt;br/&gt;On the plus side, it is very easy and the flavour is nice once you cut the salt. Hearty and good texture. With the added liquid and pasta on the side, I&#039;d give it four stars.
My family enjoyed it. I feel like there is something missing for me though so I am going to have to play with the spices a bit. Guess that says I will be making it again. ") I did substitute Kidney beans for the split peas and they were great, and brown rice for the noodles which was great as well. I didn't have Lipton Onion soup Mix so I used a substitute recipe I found on the 'Zaar, and I was out of tomato sauce so I used paste watered down to equal the sauce. It worked out well in the end. We had the leftovers tonight and they reheated well. I just added a boullion cube and a cup of water to compensate for the water absorbed into the rice. Thanks!
My family loved this. I didn't have any split peas on hand so I added some reg dry beans and it worked out just fine. Thanx for posting this delicious soup!
We loved this!! I also added some beef broth instead of water to add some richness. Even my DH liked it and he's usually skeptical about new recipes. This is a keeper and will be simmering on my stove on many cold winter nights!!
My DD agrees that this is the "bestest" Soup ever! LOL This was so simple to make and it has great flavor. I was looking for a soup that the whole family would enjoy, and now I have found it. I did have to replace the celery with extra carrots since that was all I had. I also used 1lb ground beef and 1lb ground chicken since it needed to be used anyways.

Fantastic! Thanks for posting this recipe!
I made this yesterday as it was cool and foggy. The only thing I added was garlic since I'm a garlic freak. It was exactly what I was looking for- filling comfort food. My husband ate 2 big bowls and I put the remaining in the freezer for lunches.
The bestest hamburger soup.
CRAZY good! Can you believe my son actually said "Mom! This is is the Best Soup Ever!" when he ate it. I laughed and told him the name of it. We didn't add beans or noodles but put rice in the bottom of our bowls. And I was out of soy sauce so I used Worcestershire -- nice addition. Excellent soup that is sure to be a family favorite for many years!
Very good hearty soup. I made this in the cold winter months and it was a hit with my family. DH couldn't get enough.....lol. I will make this repeatedly since its such an economical meal. thank you for sharing your recipe.
Even though I forgot the peas, my family loved this soup, its a keeper made it with garlic bread, awesome meal for the cold winter months to come! thanks :o)
